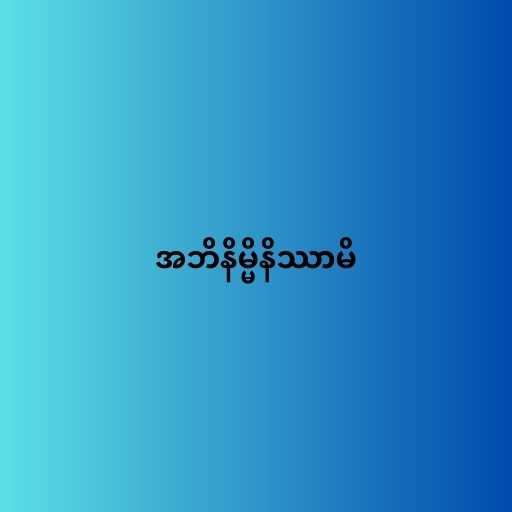
အဘိနိမ္မိနိဿာမိ